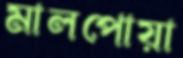
মালপোয়া